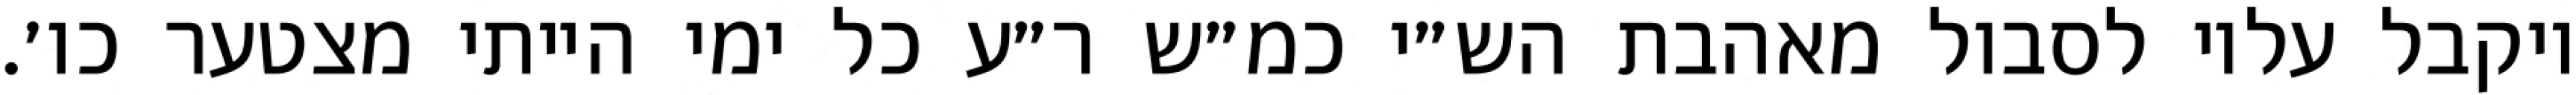
ויקבל עליו לסבול מאהבת הש״י כמ״ש ר״ע כל ימי הייתי מצטער כו׳.